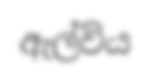
ඇල්විය